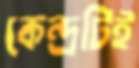
কেন্দ্রটিই